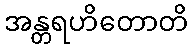
အန္တရဟိတောတိ